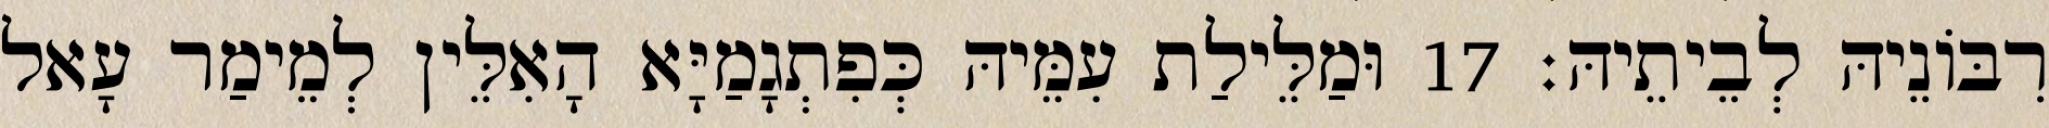
רִבּוֹנֵיהּ לְבֵיתֵיהּ׃ 17 וּמַלֵּילַת עִמֵּיהּ כְּפִתְגָמַיָּא הָאִלֵּין לְמֵימַר עָאל